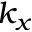
k _ { x }